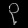
Digit: ၃